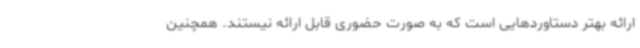
ارائه بهتر دستاوردهایی است که به صورت حضوری قابل ارائه نیستند. همچنین